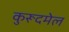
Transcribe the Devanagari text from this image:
कुरूदमेल